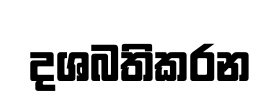
දශබතිකරන